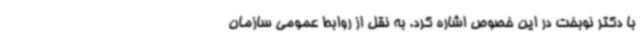
با دکتر نوبخت در این خصوص اشاره کرد. به نقل از روابط عمومی سازمان